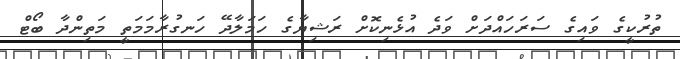
ތުރުކީގެ ވައިގެ ސަރަހައްދަށް ވަދެ އުޅެނިކޮށް ރަޝިޔާގެ ހަމަލާދޭ ހަނގުރާމަމަތީ މަތިންދާ ބޯޓް